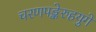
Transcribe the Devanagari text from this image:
चरणपङ्केरुहयुगे